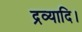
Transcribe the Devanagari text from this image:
द्रव्यादि।